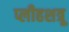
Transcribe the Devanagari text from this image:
प्लीहशत्रू